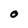
Character: 0